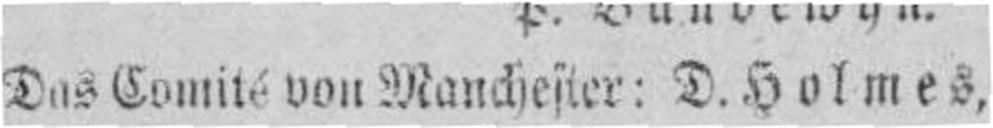
Das Comité von Manchester: D. Holmes,